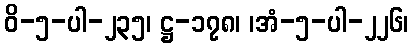
ဝိ-၅-ပါ-၂၃၅၊ ဋ္ဌ-၁၇၈၊ ၊အံ-၅-ပါ-၂၂၆၊